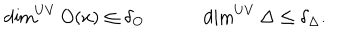
LaTeX: \dim ^ { U V } O ( x ) \leq \delta _ { O } \qquad \quad \dim ^ { U V } \Delta \leq \delta _ { \Delta } .